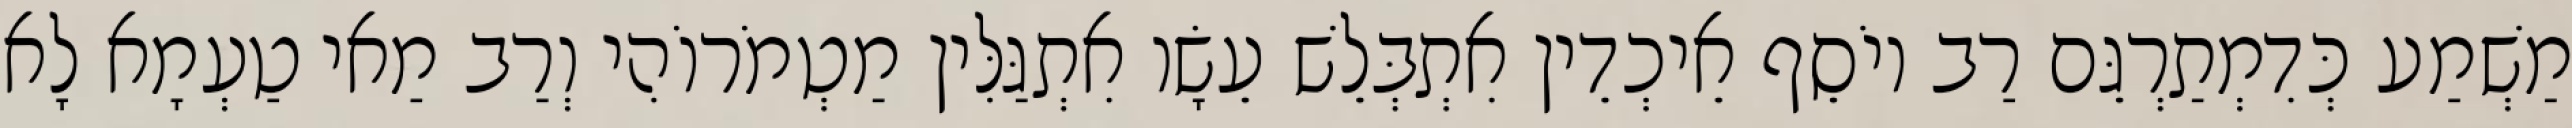
מַשְׁמַע כְּדִמְתַרְגֵּם רַב יוֹסֵף אֵיכְדֵין אִתְבְּלֵשׁ עֵשָׂו אִתְגַּלִּין מַטְמֹרוֹהִי וְרַב מַאי טַעְמָא לָא